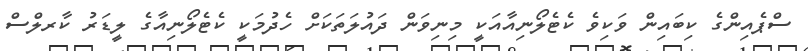
ސްޕެއިންގެ ކިބައިން ވަކިވެ ކެޓެލޯނިއާއަކީ މިނިވަން ދައުލަތަކަށް ހެދުމަކީ ކެޓެލޯނިއާގެ ލީޑަރު ކާރލްސް